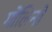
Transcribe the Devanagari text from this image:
गोलिनो